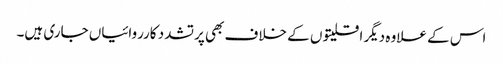
اس کے علاوہ دیگر اقلیتو ں کے خلاف بھی پرتشدد کارروائیاں جاری ہیں۔